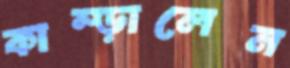
কাম্‌ড়ালেন